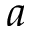
a